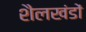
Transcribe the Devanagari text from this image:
शैलखंडों